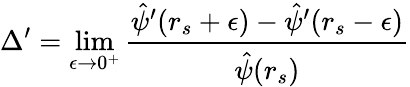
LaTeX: \Delta^{\prime}=\operatorname*{lim}_{\epsilon\rightarrow 0^{+}}\frac{\hat{\psi}^{\prime}(r_{s}+\epsilon)-\hat{\psi}^{\prime}(r_{s}-\epsilon)}{\hat{\psi}(r_{s})}